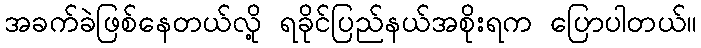
အခက်ခဲဖြစ်နေတယ်လို့ ရခိုင်ပြည်နယ်အစိုးရက ပြောပါတယ်။